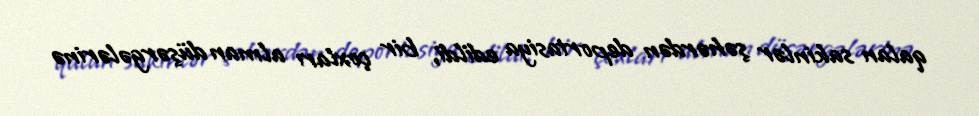
qalan sakinlər şəhərdən deportasiya edildi, bir çoxları alman düşərgələrinə